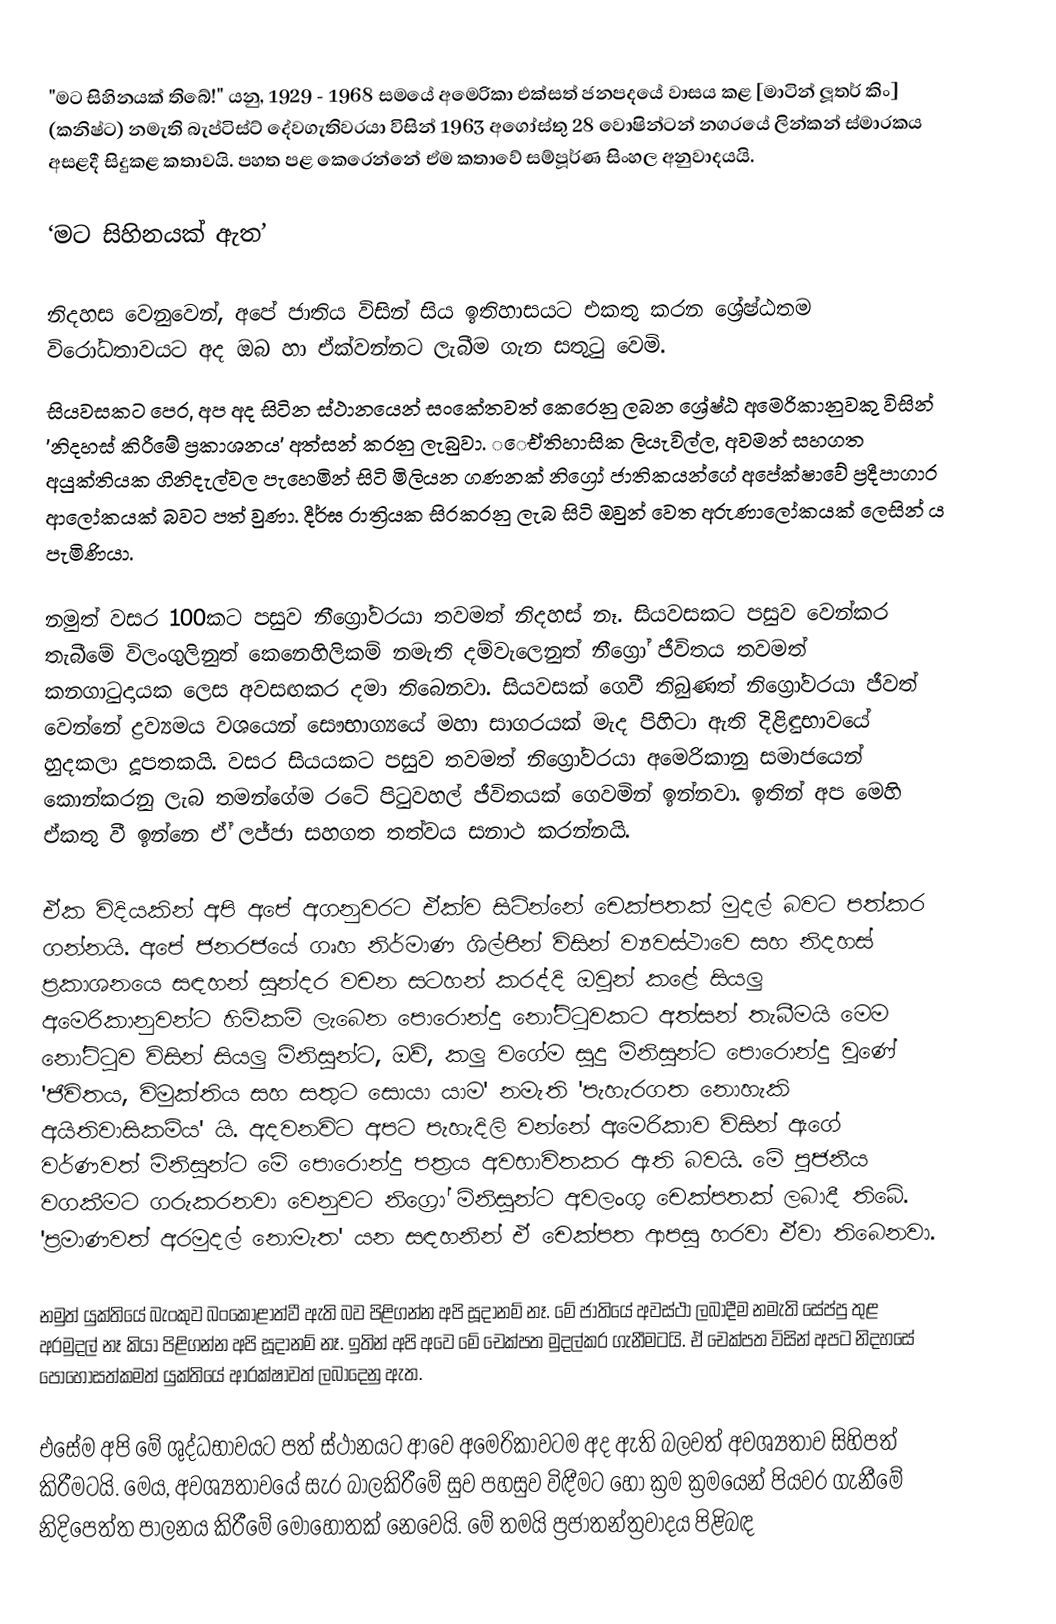
"මට සිහිනයක් තිබේ!" යනු, 1929 - 1968 සමයේ අමෙරිකා එක්සත් ජනපදයේ වාසය කළ [මාටින් ලූතර් කිං] (කනිෂ්ට) නමැති බැප්ටිස්ට් දේවගැතිවරයා විසින් 1963 අගෝස්තු 28 වොෂින්ටන් නගරයේ ලින්කන් ස්මාරකය අසළදී සිදුකළ ‌කතාවයි. පහත පළ කෙරෙන්නේ ඒම කතාවේ සම්පූර්ණ සිංහල අනුවාදයයි.

‘මට සිහිනයක් ඇත’

නිදහස වෙනුවෙන්, අපේ ජාතිය විසින් සිය ඉතිහාසයට එකතු කරන ශ්‍රේෂ්ඨතම විරෝධතාවයට අද ඔබ හා ඒක්වන්නට ලැබීම ගැන සතුටු වෙමි.
සියවසකට පෙර, අප අද සිටින ස්ථානයෙන් සංකේතවත් කෙරෙනු ලබන ශ්‍රේෂ්ඨ අමෙරිකානුවකු විසින් 'නිදහස් කිරීමේ ප්‍රකාශනය' අත්සන් කරනු ලැබුවා. ‌‌‌ෙඒතිහාසික ලියැවිල්ල, අවමන් සහගත අයුක්තියක ගිනිදැල්වල පැහෙමින් සිටි මිලියන ගණනක් නිග්‍රෝ ජාතිකයන්ගේ අපේක්ෂාවේ ප්‍රදීපාගාර ආලෝකයක් බවට පත් වුණා. දීර්ඝ රාත්‍රියක සිරකරනු ලැබ සිටි ඔවුන් වෙත අරුණාලෝකයක් ලෙසින් ය පැමිණියා.

නමුත් වසර 100කට පසුව නීග්‍රෝවරයා තවමත් නිදහස් නෑ. සියවසකට පසුව වෙන්කර තැබීමේ විලංගුලිනුත් කෙනෙහිලිකම් නමැති දම්වැලෙනුත් නීග්‍රෝ ජීවිතය තවමත් කනගාටුදායක ලෙස අවසඟකර දමා තිබෙනවා. සියවසක් ගෙවී තිබුණත් නිග්‍රෝවරයා ජීවත් වෙන්නේ ද්‍රව්‍යමය වශයෙන් සෞභාග්‍යයේ මහා සාගරයක් මැද පිහිටා ඇති දිළිඳුභාවයේ හුදකලා දූපතකයි. වසර සියයකට පසුව තවමත් නිග්‍රෝවරයා අමෙරිකානු සමාජයෙන් කොන්කරනු ලැබ තමන්ගේම රටේ පිටුවහල් ජීවිතයක් ගෙවමින් ඉන්නවා. ඉතින් අප මෙහි ඒකතු වී ඉන්නෙ ඒ් ලජ්ජා සහගත තත්වය සනාථ කරන්නයි.

ඒක විදියකින් අපි අපේ අගනුවරට ඒක්ව සිටින්නේ චෙක්පතක් මුදල් බවට පත්කර ගන්නයි. අපේ ජනරජයේ ගෘහ නිර්මාණ ‍ශිල්පීන් විසින් ව්‍යවස්ථාවෙ සහ නිදහස් ප්‍රකාශනයෙ සඳහන් සුන්දර වචන සටහන් කරද්දි ඔවුන් කළේ සියලු අමෙරිකානුවන්ට හිමිකම් ලැබෙන පොරොන්දු නෝට්ටුවකට අත්සන් තැබීමයි මෙම නෝට්ටුව විසින් සියලු මිනිසුන්ට, ඔව්, කලු වගේම සුදු මිනිසුන්ට පොරොන්දු වුණේ  'ජිවිතය, විමුක්තිය සහ සතුට සොයා යාම' නමැති 'පැහැරගත නොහැකි අයිතිවාසිකම්ය' යි. අදවනවිට අපට පැහැදිලි වන්නේ අමෙරිකාව විසින් ඇගේ වර්ණවත් මිනිසුන්ට මේ පොරොන්දු පත්‍රය අවභාවිතකර ඇති බවයි. මේ පූජනීය වගකීමට ගරුකරනවා වෙනුවට නිග්‍රෝ මිනිසුන්ට අවලංගු චෙක්පතක් ලබාදී තිබේ. 'ප්‍රමාණවත් අරමුදල් නොමැත' යන සඳහනින් ඒ චෙක්පත ආපසු හරවා ඒවා තිබෙනවා.

නමුත් යුක්තියේ බැංකුව බංකොළාත්වී ඇති බව පිළිගන්න අපි සූදානම් නෑ. මේ ජාතියේ අවස්ථා ලබාදීම නමැති සේප්පු තුළ අරමුදල් නෑ කියා පිළිගන්න අපි සූදානම් නෑ. ඉතින් අපි අවෙ මේ චෙක්පත මුදල්කර ගැනීමටයි. ඒ චෙක්පත විසින් අපට නිදහසේ පොහොසත්කමත් යුක්තියේ ආරක්ෂාවත් ලබාදෙනු ඇත.

එසේම අපි මේ ශුද්ධභාවයට පත් ස්ථානයට ආවෙ අමෙරිකාවටම අද ඇති බලවත් අවශ්‍යතාව සිහිපත් කිරීමටයි. මෙය, අවශ්‍යතාවයේ සැර බාලකිරීමේ සුව පහසුව විඳීමට හෝ ක්‍රම ක්‍රමයෙන් පියවර ගැනීමේ නිදිපෙත්ත පාලනය කිරීමේ මොහොතක් නෙවෙයි. මේ තමයි ප්‍රජාතන්ත්‍රවාදය පිළිබඳ